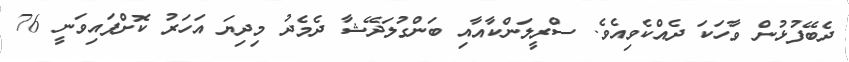
ދެބޭފުޅުން ވާހަކަ ދެއްކެވިއެވެ. ސްރީލަންކާއާއި ބަންގުލަދޭޝާ ދެމެދު މިދިޔަ އަހަރު ކޮށްފައިވަނީ 76